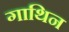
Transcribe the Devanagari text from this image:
गाथिन